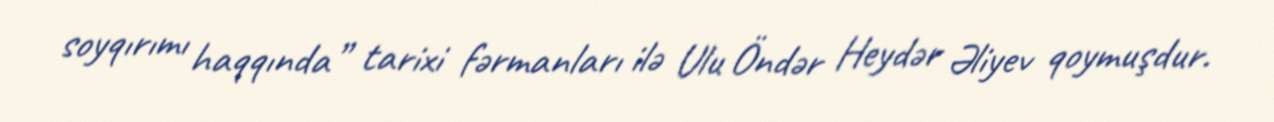
soyqırımı haqqında” tarixi fərmanları ilə Ulu Öndər Heydər Əliyev qoymuşdur.